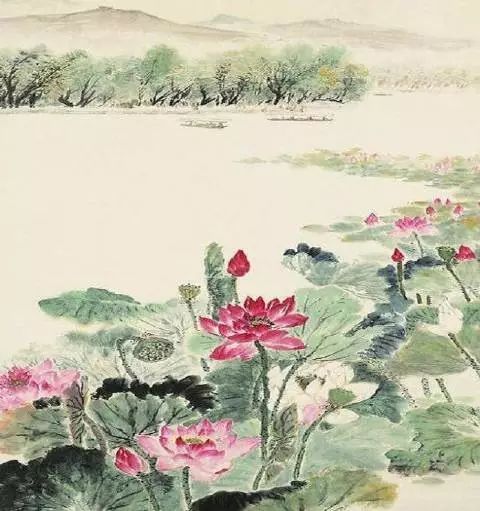
毕竟西湖六月中，风光不与四时同。